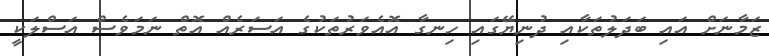
ޒަމާނަށް އައި ބަދަލުތަކާއި ދުނިޔޭގައި ހިނގާ އޮއެވަރުތަކުގެ އަސަރެއް އޮތް ނަމަވެސް އަސްލަކީ